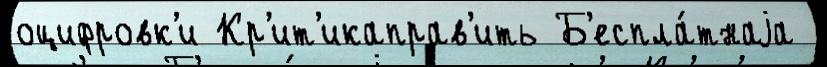
оцифровк'и Кр'ит'икаправ'ить Б'еспла́тнаjа